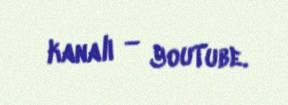
kanalı — YouTube.